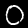
Label: 0